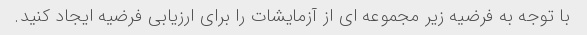
با توجه به فرضیه زیر مجموعه ای از آزمایشات را برای ارزیابی فرضیه ایجاد کنید.